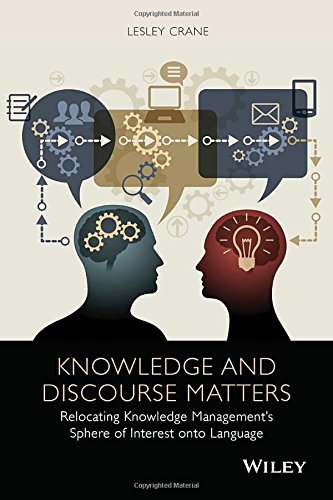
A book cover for Knowledge and Discourse Matters: Relocating Knowledge ManagementEEs Sphere of Interest onto Language; Lesley Crane; Computers & Technology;